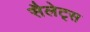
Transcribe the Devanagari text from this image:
सैलेट्स